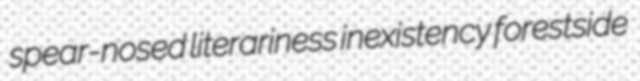
spear-nosed literariness inexistency forestside